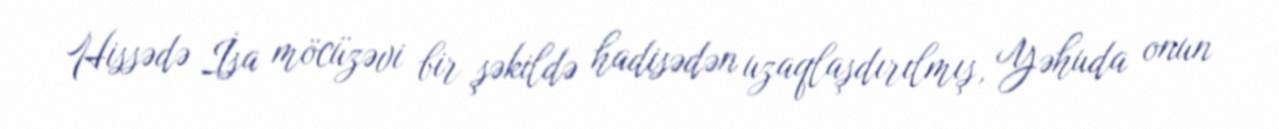
Hissədə İsa möcüzəvi bir şəkildə hadisədən uzaqlaşdırılmış, Yəhuda onun